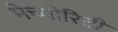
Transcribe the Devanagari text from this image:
मेच्योरिटी